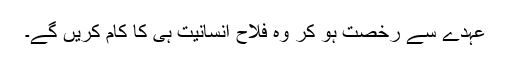
عہدے سے رخصت ہو کر وہ فلاحِ انسانیت ہی کا کام کریں گے۔